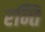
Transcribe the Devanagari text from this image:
रन्ति